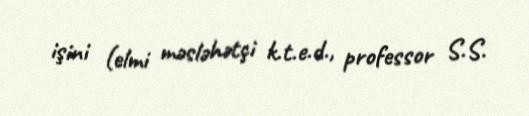
işini (elmi məsləhətçi k.t.e.d., professor S.S.